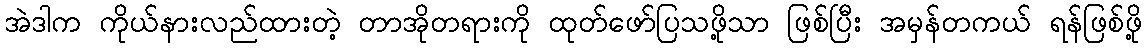
အဲဒါက ကိုယ်နားလည်ထားတဲ့ တာအိုတရားကို ထုတ်ဖော်ပြသဖို့သာ ဖြစ်ပြီး အမှန်တကယ် ရန်ဖြစ်ဖို့